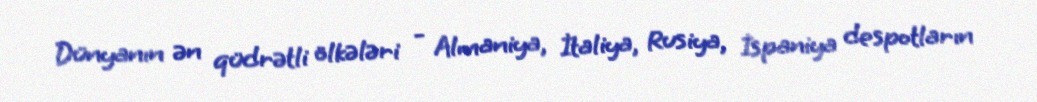
Dünyanın ən qüdrətli ölkələri - Almaniya, İtaliya, Rusiya, İspaniya despotların